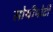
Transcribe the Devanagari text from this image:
सोयीपोटी